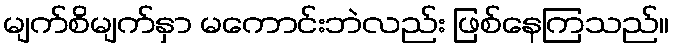
မျက်စိမျက်နှာ မကောင်းဘဲလည်း ဖြစ်နေကြသည်။